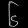
Digit: ၆